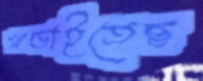
খণ্ডাইতেছ